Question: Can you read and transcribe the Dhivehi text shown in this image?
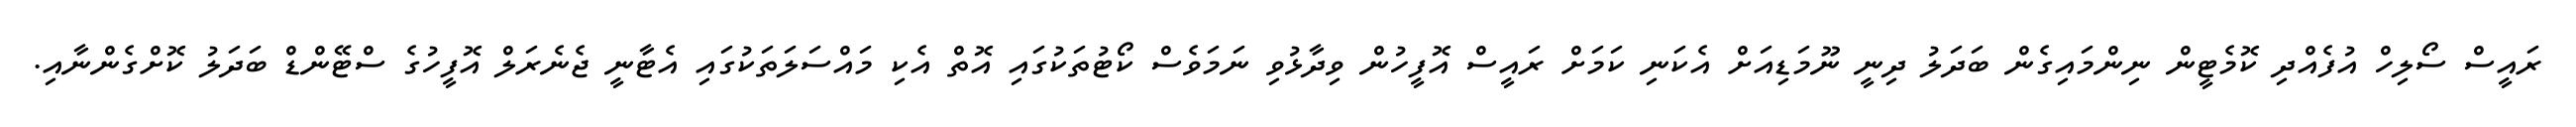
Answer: ރައީސް ސޯލިހް އުފެއްދި ކޮމެޓީން ނިންމައިގެން ބަދަލު ދިނީ ނޫމަޑިއަށް އެކަނި ކަމަށް ރައީސް އޮފީހުން ވިދާޅުވި ނަމަވެސް ކޯޓުތަކުގައި އޮތް އެކި މައްސަލަތަކުގައި އެޓާނީ ޖެނެރަލް އޮފީހުގެ ސްޓޭންޑް ބަދަލު ކޮށްގެންނާއި.